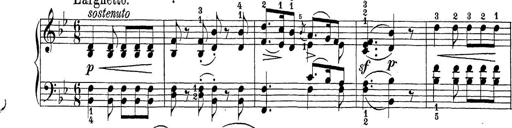
Title: Sonatina Album
Composer: Louis KÃ¶hler